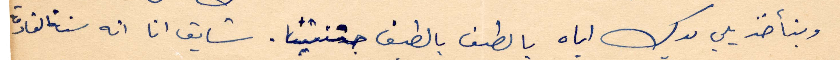
وبنأخذ من يدك أيام يا لطيف يا لطيف جننتينا. شايق انا انه سنة القادمة